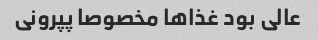
عالی بود غذا‌ها مخصوصا پپرونی